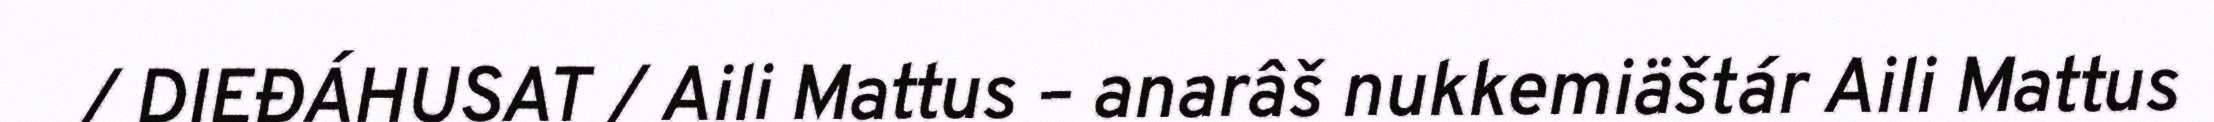
/ DIEĐÁHUSAT / Aili Mattus – anarâš nukkemiäštár Aili Mattus